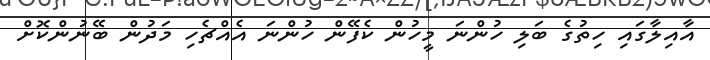
އާއިލާގައި ހިތުގެ ބަލި ހުންނަ މީހުން ކެފޭން ހުންނަ އެއްޗެހި މަދުން ބޭނުންކޮށް